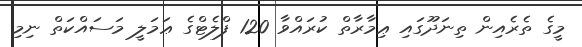
މީގެ ތެރެއިން ތިނަދޫގައި ޢިމާރާތް ކުރައްވާ 120 ފްލެޓްގެ ޢަމަލީ މަސައްކަތް ނިމި